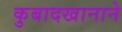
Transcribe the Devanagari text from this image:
कुबादखानाने